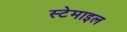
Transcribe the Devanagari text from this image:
स्टेमाइल